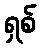
ရှစ်